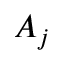
A _ { j }